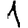
Digit: 1